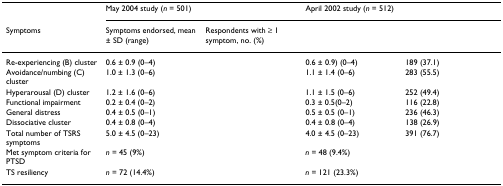
<table><thead><tr><td>[EMPTY_CELL]</td><td colspan="2"><b>May 2004 study (<i>n </i>= 501)</b></td><td colspan="2"><b>April 2002 study (<i>n </i>= 512)</b></td></tr><tr><td><b>Symptoms</b></td><td><b>Symptoms endorsed, mean ± SD (range)</b></td><td><b>Respondents with ≥ 1 symptom, no. (%)</b></td><td>[EMPTY_CELL]</td><td>[EMPTY_CELL]</td></tr></thead><tbody><tr><td>Re-experiencing (B) cluster</td><td>0.6 ± 0.9 (0–4)</td><td>[EMPTY_CELL]</td><td>0.6 ± 0.9) (0–4)</td><td>189 (37.1)</td></tr><tr><td>Avoidance/numbing (C) cluster</td><td>1.0 ± 1.3 (0–6)</td><td>[EMPTY_CELL]</td><td>1.1 ± 1.4 (0–6)</td><td>283 (55.5)</td></tr><tr><td>Hyperarousal (D) cluster</td><td>1.2 ± 1.6 (0–6)</td><td>[EMPTY_CELL]</td><td>1.1 ± 1.5 (0–6)</td><td>252 (49.4)</td></tr><tr><td>Functional impairment</td><td>0.2 ± 0.4 (0–2)</td><td>[EMPTY_CELL]</td><td>0.3 ± 0.5(0–2)</td><td>116 (22.8)</td></tr><tr><td>General distress</td><td>0.4 ± 0.5 (0–1)</td><td>[EMPTY_CELL]</td><td>0.5 ± 0.5 (0–1)</td><td>236 (46.3)</td></tr><tr><td>Dissociative cluster</td><td>0.4 ± 0.8 (0–4)</td><td>[EMPTY_CELL]</td><td>0.4 ± 0.8 (0–4)</td><td>138 (26.9)</td></tr><tr><td>Total number of TSRS symptoms</td><td>5.0 ± 4.5 (0–23)</td><td>[EMPTY_CELL]</td><td>4.0 ± 4.5 (0–23)</td><td>391 (76.7)</td></tr><tr><td>Met symptom criteria for PTSD</td><td><i>n </i>= 45 (9%)</td><td>[EMPTY_CELL]</td><td><i>n </i>= 48 (9.4%)</td><td>[EMPTY_CELL]</td></tr><tr><td>TS resiliency</td><td><i>n </i>= 72 (14.4%)</td><td>[EMPTY_CELL]</td><td><i>n </i>= 121 (23.3%)</td><td>[EMPTY_CELL]</td></tr></tbody></table>